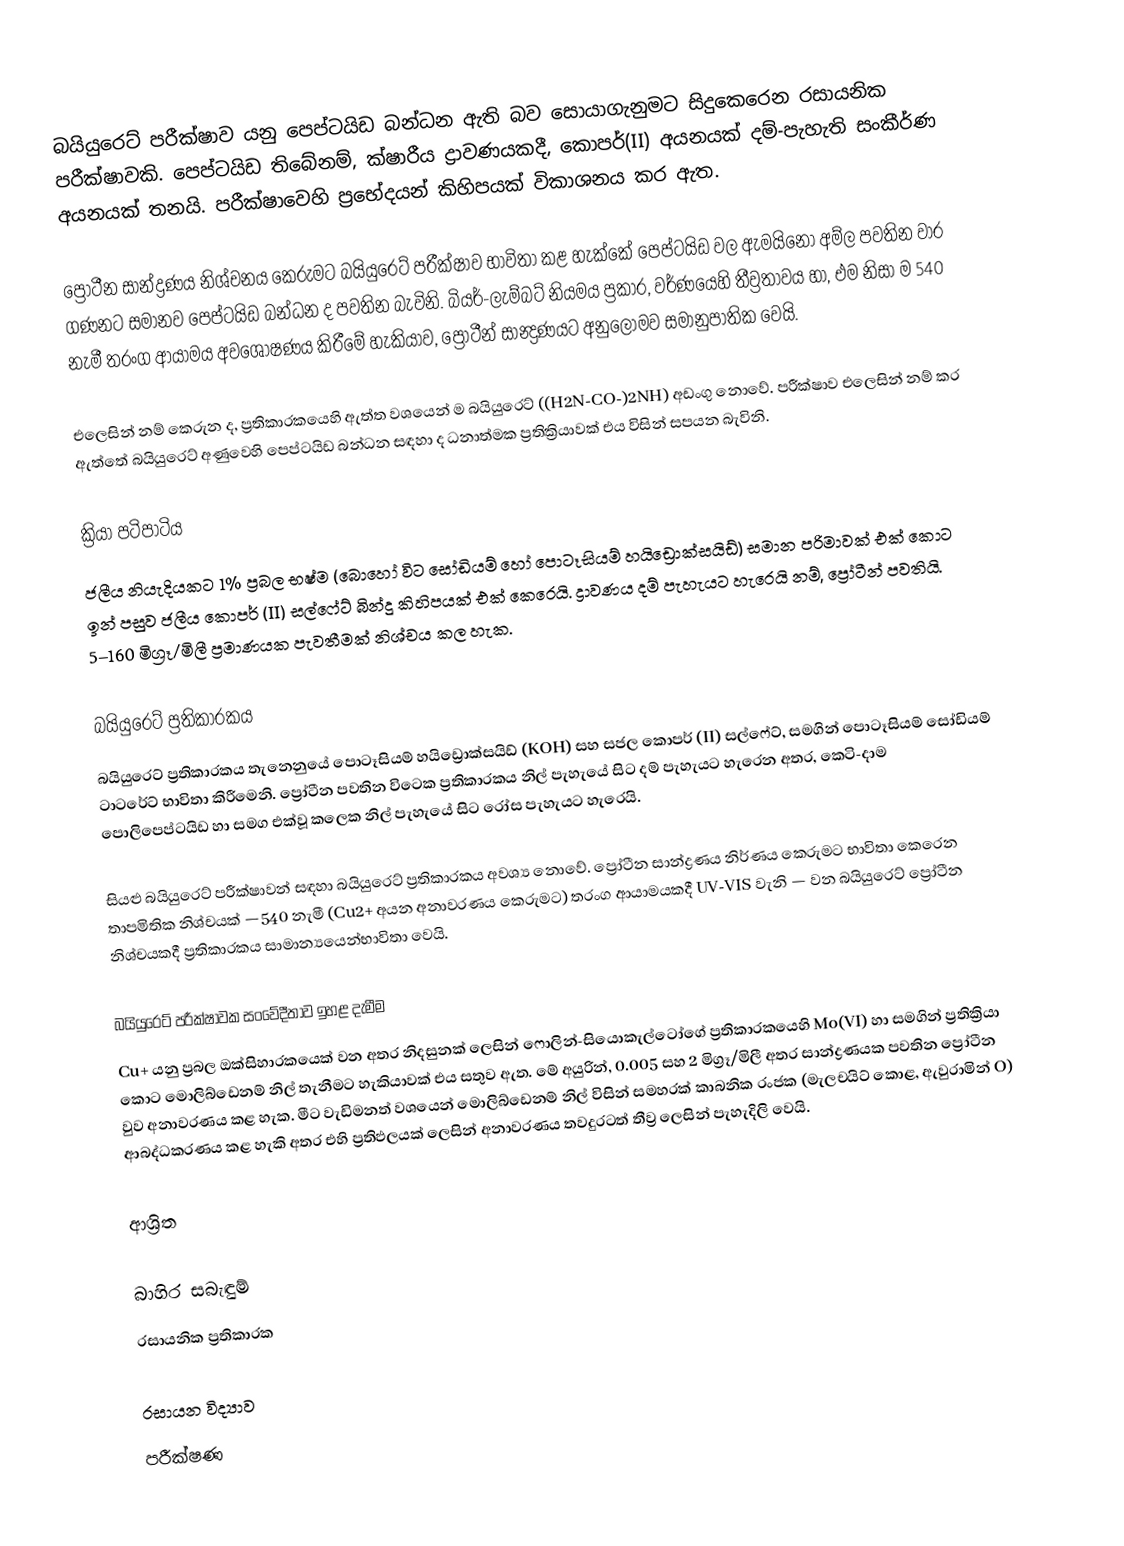
බයියුරෙට් පරීක්ෂාව යනු  පෙප්ටයිඩ බන්ධන ඇති බව සොයාගැනුමට සිදුකෙරෙන රසායනික පරීක්ෂාවකි.  පෙප්ටයිඩ තිබේනම්, ක්ෂාරීය ද්‍රාවණයකදී, කොපර්(II) අයනයක් දම්-පැහැති සංකීර්ණ අයනයක් තනයි.  පරීක්ෂාවෙහි ප්‍රභේදයන් කිහිපයක් විකාශනය කර ඇත.

ප්‍රෝටීන සාන්ද්‍රණය නිශ්චනය කෙරුමට බයියුරෙට් පරීක්ෂාව භාවිතා කළ හැක්කේ පෙප්ටයිඩ වල ඇමයිනෝ අම්ල පවතින වාර ගණනට සමානව පෙප්ටයිඩ බන්ධන ද පවතින බැවිනි. බියර්-ලැම්බට් නියමය ප්‍රකාර, වර්ණයෙහි තීව්‍රතාවය හා, එම නිසා ම  540 නැමී තරංග ආයාමය අවශෝෂණය කිරීමේ හැකියාව, ප්‍රෝටීන් සාන්‍ද්‍රණයට අනුලෝමව සමානුපාතික වෙයි.

එලෙසින් නම් කෙරුන ද, ප්‍රතිකාරකයෙහි  ඇත්ත වශයෙන් ම බයියුරෙට් ((H2N-CO-)2NH) අඩංගු නොවේ. පරීක්ෂාව එලෙසින් නම් කර ඇත්තේ බයියුරෙට් අණුවෙහි පෙප්ටයිඩ බන්ධන සඳහා ද ධනාත්මක ප්‍රතික්‍රියාවක් එය විසින් සපයන බැවිනි.

ක්‍රියා පටිපාටිය
ජලීය නියැදියකට 1% ප්‍රබල භෂ්ම (බොහෝ විට සෝඩියම් හෝ පොටෑසියම් හයිඩ්‍රොක්සයිඩ්) සමාන පරිමාවක් එක් කොට ඉන් පසුව ජලීය කොපර් (II) සල්ෆේට් බින්දු කිහිපයක් එක් කෙරෙයි. ද්‍රාවණය දම් පැහැයට හැරෙයි නම්, ප්‍රෝටීන් පවතියි. 5–160 මිග්‍රෑ/මිලී ප්‍රමාණයක පැවතීමක් නිශ්චය කල හැක.

බයියුරෙට් ප්‍රතිකාරකය
බයියුරෙට් ප්‍රතිකාරකය තැනෙනුයේ පොටෑසියම් හයිඩ්‍රොක්සයිඩ් (KOH) සහ සජල  කොපර් (II) සල්ෆේට්, සමගින් පොටෑසියම් සෝඩියම් ටාටරේට් භාවිතා කිරීමෙනි. ප්‍රෝටීන පවතින විටෙක ප්‍රතිකාරකය නිල් පැහැයේ සිට දම් පැහැයට හැරෙන අතර, කෙටි-දාම පොලිපෙප්ටයිඩ හා සමග එක්වූ කලෙක නිල් පැහැයේ සිට රෝස පැහැයට හැරෙයි.

සියළු බයියුරෙට් පරීක්ෂාවන් සඳහා බයියුරෙට් ප්‍රතිකාරකය අවශ්‍ය නොවේ. ප්‍රෝටීන සාන්ද්‍රණය නිර්ණය කෙරුමට භාවිතා කෙරෙන තාපමිතික නිශ්චයක් —540 නැමී (Cu2+ අයන අනාවරණය කෙරුමට) තරංග ආයාමයකදී UV-VIS වැනි — වන බයියුරෙට් ප්‍රෝටීන නිශ්චයකදී ප්‍රතිකාරකය සාමාන්‍යයෙන්භාවිතා වෙයි.

බයියුරෙට් පරීක්ෂාවක සංවේදීතාව ඉහළ දැමීම
Cu+ යනු ප්‍රබල ඔක්සිහාරකයෙක් වන අතර නිදසුනක් ලෙසින්   ෆොලින්-සියොකැල්ටෝගේ ප්‍රතිකාරකයෙහි Mo(VI) හා සමගින් ප්‍රතික්‍රියා කොට මොලිබ්ඩෙනම් නිල් තැනීමට හැකියාවක් එය සතුව ඇත. මේ අයුරින්, 0.005 සහ 2 මිග්‍රෑ/මිලී අතර සාන්ද්‍රණයක පවතින ප්‍රෝටීන වුව අනාවරණය කළ හැක. මීට වැඩිමනත් වශයෙන් මොලිබ්ඩෙනම් නිල් විසින් සමහරක් කාබනික රංජක (මැලචයිට් කොළ, ඇවුරාමින් O) ආබද්ධකරණය කළ හැකි අතර එහි ප්‍රතිඵලයක් ලෙසින් අනාවරණය තවදුරටත් තීව්‍ර ලෙසින් පැහැදිලි වෙයි.

ආශ්‍රිත

බාහිර සබැඳුම්
රසායනික ප්‍රතිකාරක

රසායන විද්‍යාව
පරීක්ෂණ